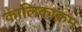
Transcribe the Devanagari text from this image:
कालिकाक्रम